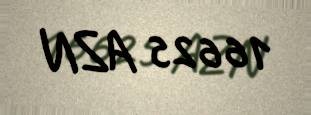
16625 AZN